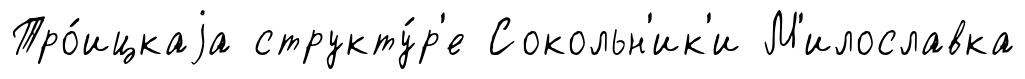
Тро́ицкаjа структу́р'е Сокольн'ик'и М'илославка